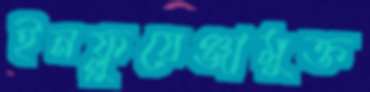
ইনফ্লুয়েঞ্জামুক্ত